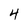
Character: 4